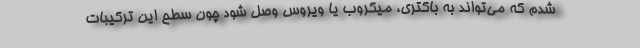
شدم که می‌تواند به باکتری، میکروب یا ویروس وصل شود چون سطح این ترکیبات